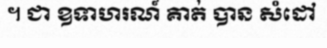
។ ជា ឧទាហរណ៍ គាត់ បាន សំដៅ